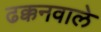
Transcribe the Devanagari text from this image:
ढक्कनवाले